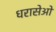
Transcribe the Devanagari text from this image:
धरासेओ